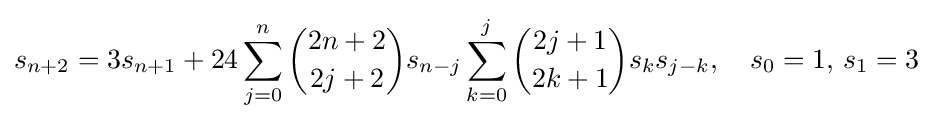
s_{n+2}=3s_{n+1}+24\sum _{j=0}^{n}{\binom {2n+2}{2j+2}}s_{n-j}\sum _{k=0}^{j}{\binom {2j+1}{2k+1}}s_{k}s_{j-k},\quad s_{0}=1,\,s_{1}=3